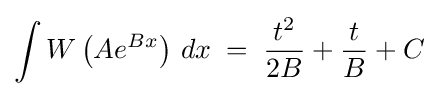
\int W\left(Ae^{Bx}\right)\,dx\;=\;{\frac {t^{2}}{2B}}+{\frac {t}{B}}+C